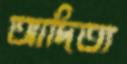
আদিত্য